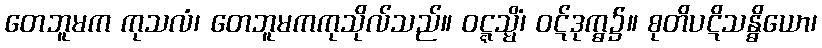
တေဘူမက ကုသလံ၊ တေဘူမကကုသိုလ်သည်။ ဝဋ္ဋသ္မိံ၊ ဝဋ်ဒုက္ဓ၌။ စုတိပဋိသန္ဓိယော၊